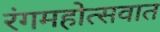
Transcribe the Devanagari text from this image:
रंगमहोत्सवात